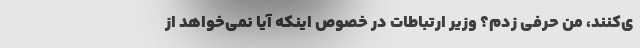
ی‌کنند، من حرفی زدم؟ وزیر ارتباطات در خصوص اینکه آیا نمی‌خواهد از